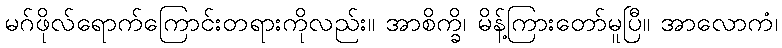
မဂ်ဖိုလ်ရောက်ကြောင်းတရားကိုလည်း။ အာစိက္ခိ၊ မိန့်ကြားတော်မူပြီ။ အာလောကံ၊